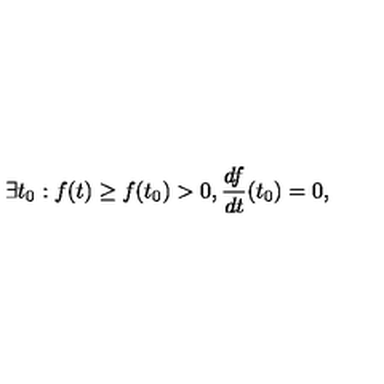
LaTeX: \exists t _ { 0 } : f ( t ) \geq f ( t _ { 0 } ) > 0 , \frac { d f } { d t } ( t _ { 0 } ) = 0 ,